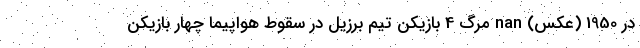
در 1950 (عکس) nan مرگ 4 بازیکن تیم برزیل در سقوط هواپیما چهار بازیکن